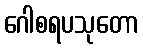
ဂေါစရပသုတော